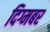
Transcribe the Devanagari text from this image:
दिग्मबर